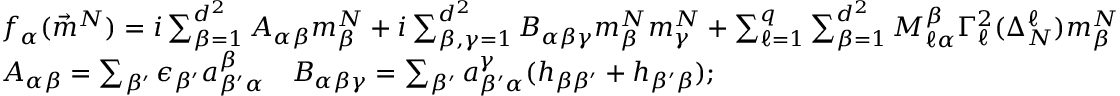
\begin{array} { r l } & { f _ { \alpha } ( \vec { m } ^ { N } ) = i \sum _ { \beta = 1 } ^ { d ^ { 2 } } A _ { \alpha \beta } m _ { \beta } ^ { N } + i \sum _ { \beta , \gamma = 1 } ^ { d ^ { 2 } } B _ { \alpha \beta \gamma } m _ { \beta } ^ { N } m _ { \gamma } ^ { N } + \sum _ { \ell = 1 } ^ { q } \sum _ { \beta = 1 } ^ { d ^ { 2 } } M _ { \ell \alpha } ^ { \beta } \Gamma _ { \ell } ^ { 2 } ( \Delta _ { N } ^ { \ell } ) m _ { \beta } ^ { N } } \\ & { A _ { \alpha \beta } = \sum _ { \beta ^ { \prime } } \epsilon _ { \beta ^ { \prime } } a _ { \beta ^ { \prime } \alpha } ^ { \beta } \quad B _ { \alpha \beta \gamma } = \sum _ { \beta ^ { \prime } } a _ { \beta ^ { \prime } \alpha } ^ { \gamma } ( h _ { \beta \beta ^ { \prime } } + h _ { \beta ^ { \prime } \beta } ) ; } \end{array}